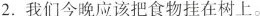
2.我们今晚应该把食物挂在树上。